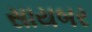
સાયબર